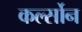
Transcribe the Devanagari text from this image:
कर्ल्सोन